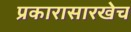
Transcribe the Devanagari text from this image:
प्रकारासारखेच